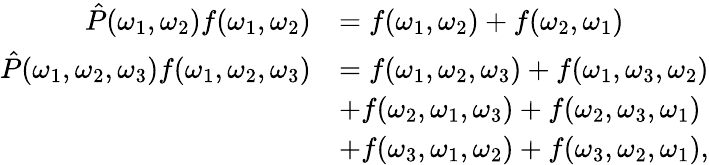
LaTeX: \begin{array}{rl}{\hat{P}(\omega_{1},\omega_{2})f(\omega_{1},\omega_{2})}&{=f(\omega_{1},\omega_{2})+f(\omega_{2},\omega_{1})}\\ {\hat{P}(\omega_{1},\omega_{2},\omega_{3})f(\omega_{1},\omega_{2},\omega_{3})}&{=f(\omega_{1},\omega_{2},\omega_{3})+f(\omega_{1},\omega_{3},\omega_{2})}\\ &{+f(\omega_{2},\omega_{1},\omega_{3})+f(\omega_{2},\omega_{3},\omega_{1})}\\ &{+f(\omega_{3},\omega_{1},\omega_{2})+f(\omega_{3},\omega_{2},\omega_{1}),}\end{array}